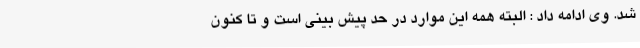
شد. وی ادامه داد : البته همه این موارد در حد پیش بینی است و تا کنون